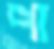
পা